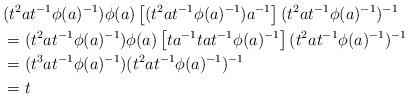
LaTeX: \begin{align*}&(t^2at^{-1}\phi(a)^{-1})\phi(a)\left[(t^2at^{-1}\phi(a)^{-1})a^{-1}\right](t^2at^{-1}\phi(a)^{-1})^{-1}\\&=(t^2at^{-1}\phi(a)^{-1})\phi(a)\left[ta^{-1}tat^{-1}\phi(a)^{-1}\right](t^2at^{-1}\phi(a)^{-1})^{-1}\\&=(t^3at^{-1}\phi(a)^{-1})(t^2at^{-1}\phi(a)^{-1})^{-1}\\&=t\end{align*}